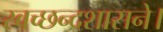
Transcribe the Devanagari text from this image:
स्वच्छन्दशासने।